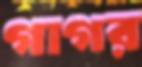
গাগর